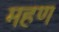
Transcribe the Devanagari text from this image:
महण